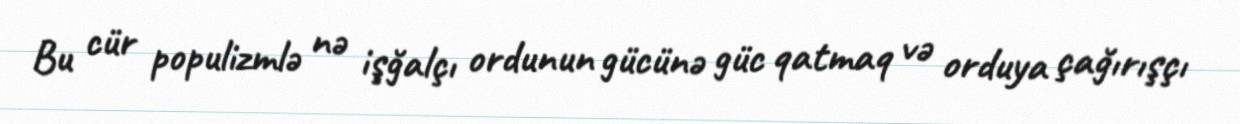
Bu cür populizmlə nə işğalçı ordunun gücünə güc qatmaq və orduya çağırışçı